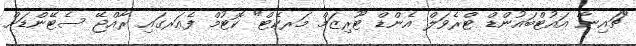
"ޗައިނާ އައުޓްބައުންޑް ޓްރެވަލް އެންޑް ޓޫރިޒަމް މަރކެޓް" ކޮޓުމް ފެއަރގައި ރާއްޖޭ ސެޓޭންޑަށް